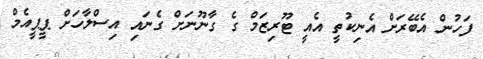
ފަހުން އެބޭރަށް އެނިކުތީ އެއީ ޓޫރިޒަމް ގެ ގާނޫނަށް ގެނައި އިސްލާހަށް ޕީޕީއެމް